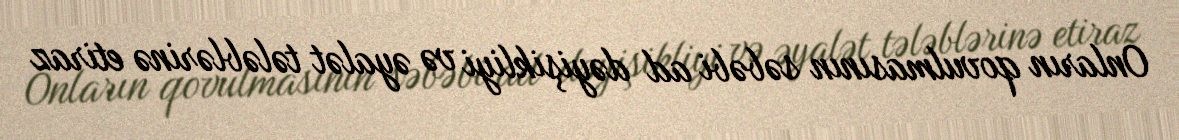
Onların qovulmasının səbəbi ad dəyişikliyi və əyalət tələblərinə etiraz